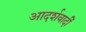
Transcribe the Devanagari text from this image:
आदर्शवादीें